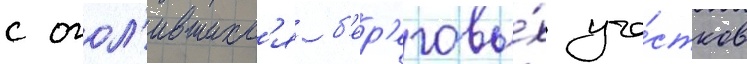
с огол'ившихс'я б'ер'еговы́х уча́стков